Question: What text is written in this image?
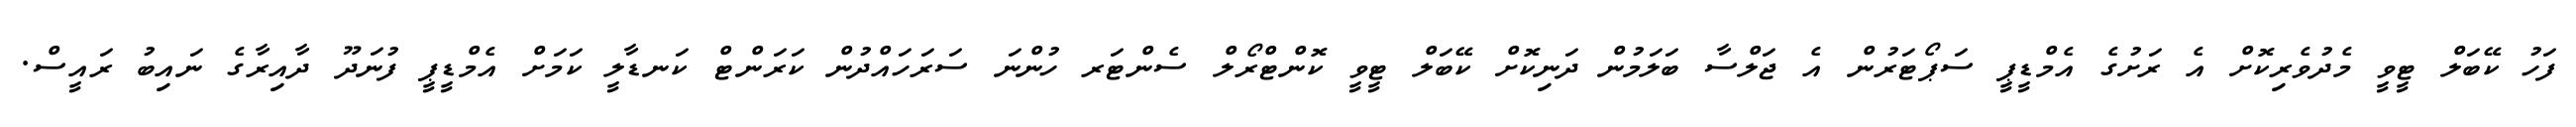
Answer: ފަހު ކޭބަލް ޓީވީ މެދުވެރިކޮށް އެ ރަށުގެ އެމްޑީޕީ ސަޕޯޓަރުން އެ ޖަލްސާ ބަލަމުން ދަނިކޮށް ކޭބަލް ޓީވީ ކޮންޓްރޯލް ސެންޓަރ ހުންނަ ސަރަހައްދުން ކަރަންޓް ކަނޑާލީ ކަމަށް އެމްޑީޕީ ފުނަދޫ ދާއިރާގެ ނައިބު ރައީސް.